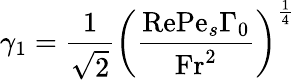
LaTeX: \gamma_{1}=\frac{1}{\sqrt{2}}\left(\frac{\mathrm{Re}\mathrm{Pe}_{s}\Gamma_{0}}{\mathrm{Fr}^{2}}\right)^{\frac{1}{4}}